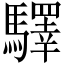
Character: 驛